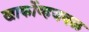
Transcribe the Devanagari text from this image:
खार्कोव्हजवळ